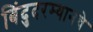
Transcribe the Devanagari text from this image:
बिंदुदरम्यानचे